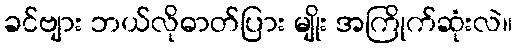
ခင်ဗျား ဘယ်လိုဓာတ်ပြား မျိုး အကြိုက်ဆုံးလဲ။